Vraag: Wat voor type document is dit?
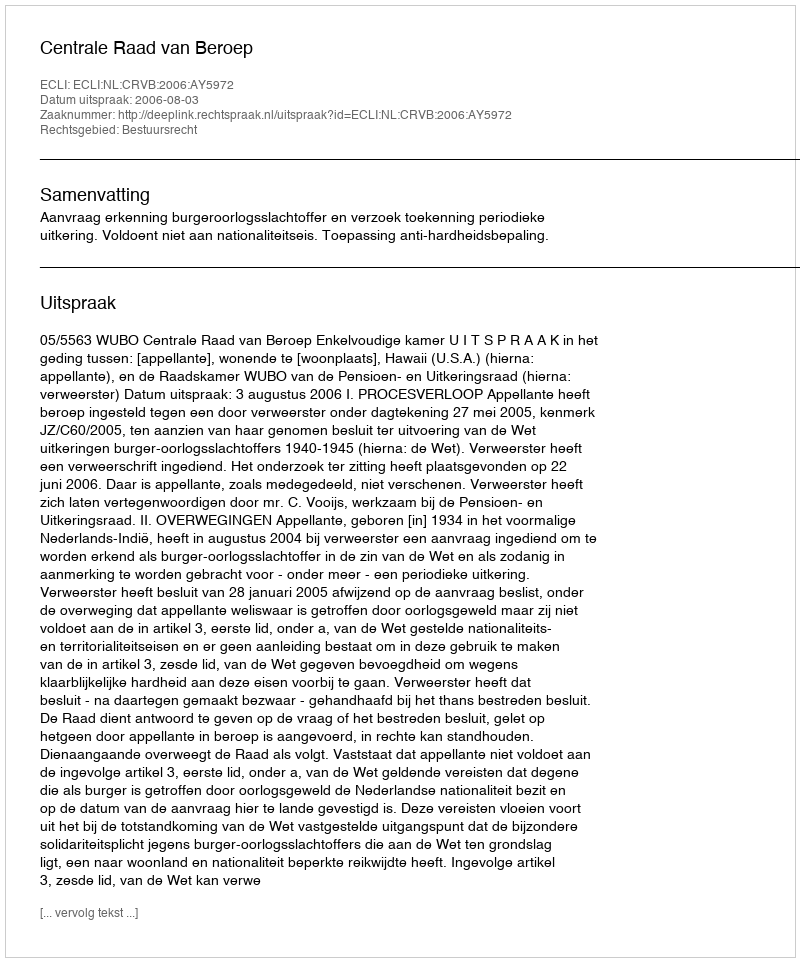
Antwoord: Uitspraak